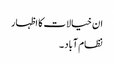
ان خیالات کا اظہار
نظام آباد ۔